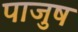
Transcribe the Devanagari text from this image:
पाजुष